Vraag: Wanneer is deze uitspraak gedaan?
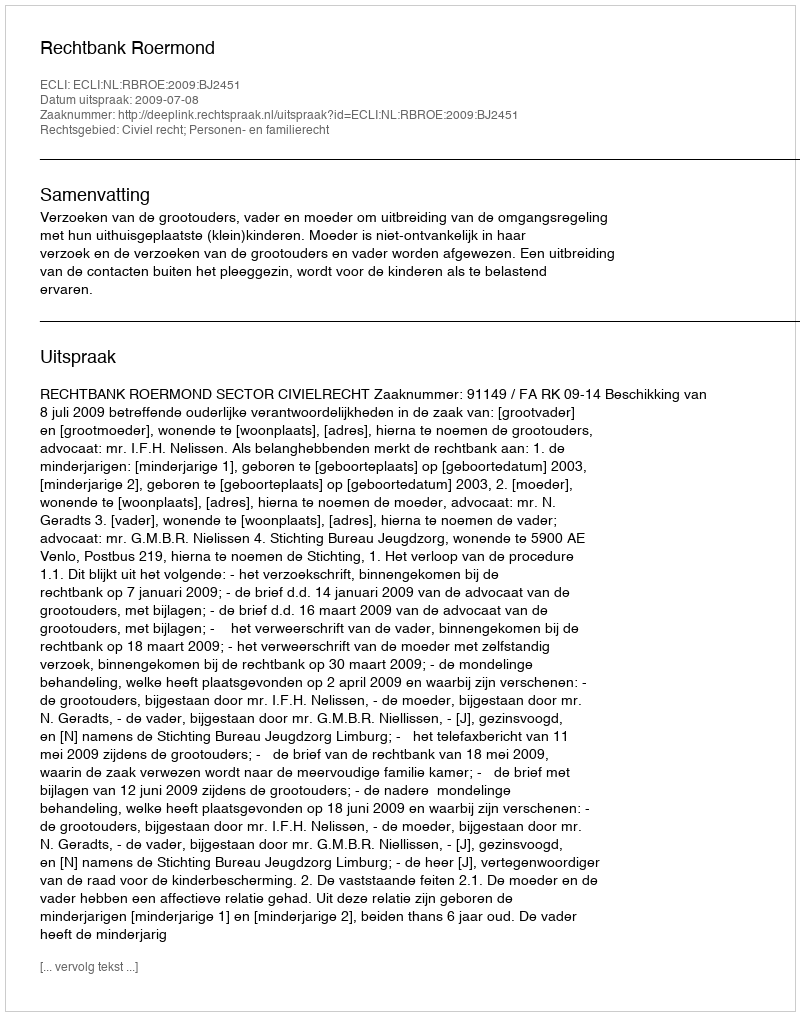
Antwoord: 2009-07-08